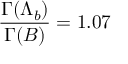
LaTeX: { \frac { \Gamma ( \Lambda _ { b } ) } { \Gamma ( B ) } } = 1 . 0 7